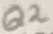
Text: Q2